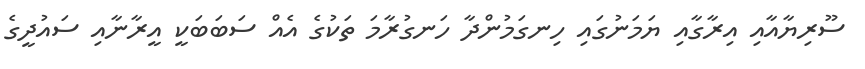
ސޫރިޔާއާއި އިރާގާއި ޔަމަނުގައި ހިނގަމުންދާ ހަނގުރާމަ ތަކުގެ އެއް ސަަބަބަކީ އީރާނާއި ސައުދީގެ